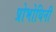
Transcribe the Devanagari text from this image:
प्रोभोधिनी